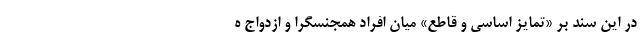
در این سند بر «تمایز اساسی و قاطع» میان افراد همجنسگرا و ازدواج ه